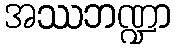
အဿဘဏ္ဍာ